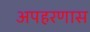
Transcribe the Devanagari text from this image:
अपहरणास